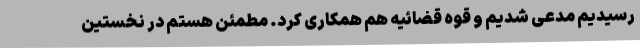
رسیدیم مدعی شدیم و قوه قضائیه هم همکاری کرد. مطمئن هستم در نخستین